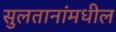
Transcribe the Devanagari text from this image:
सुलतानांमधील